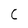
Character: C